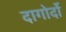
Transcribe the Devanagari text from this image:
दागोर्दो